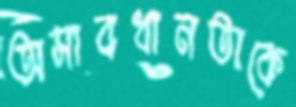
অসাবধানতাকে